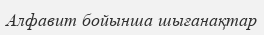
Алфавит бойынша шығанақтар